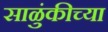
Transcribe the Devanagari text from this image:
साळुंकीच्या